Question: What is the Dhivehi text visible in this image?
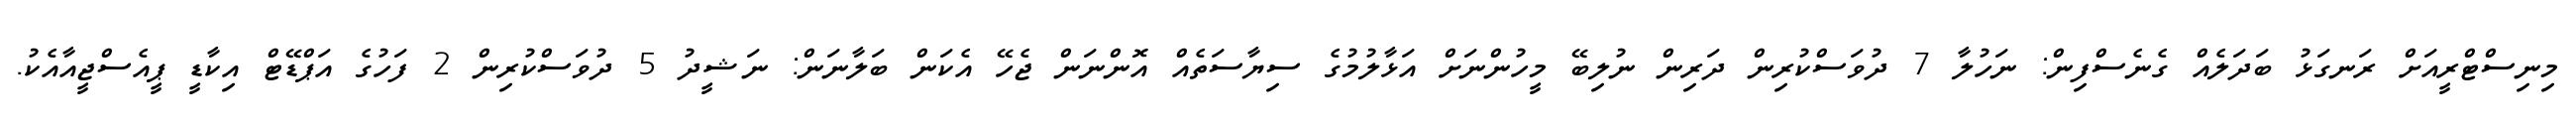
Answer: މިނިސްޓްރީއަށް ރަނގަޅު ބަދަލެއް ގެނެސްފިން: ނަހުލާ 7 ދުވަސްކުރިން ދަރިން ނުލިބޭ މީހުންނަށް އަޅާލުމުގެ ސިޔާސަތެއް އޮންނަން ޖެހޭ އެކަން ބަލާނަން: ނަޝީދު 5 ދުވަސްކުރިން 2 ފަހުގެ އަޕްޑޭޓް އިކާޑީ ޕީއެސްޖީއާއެކު.